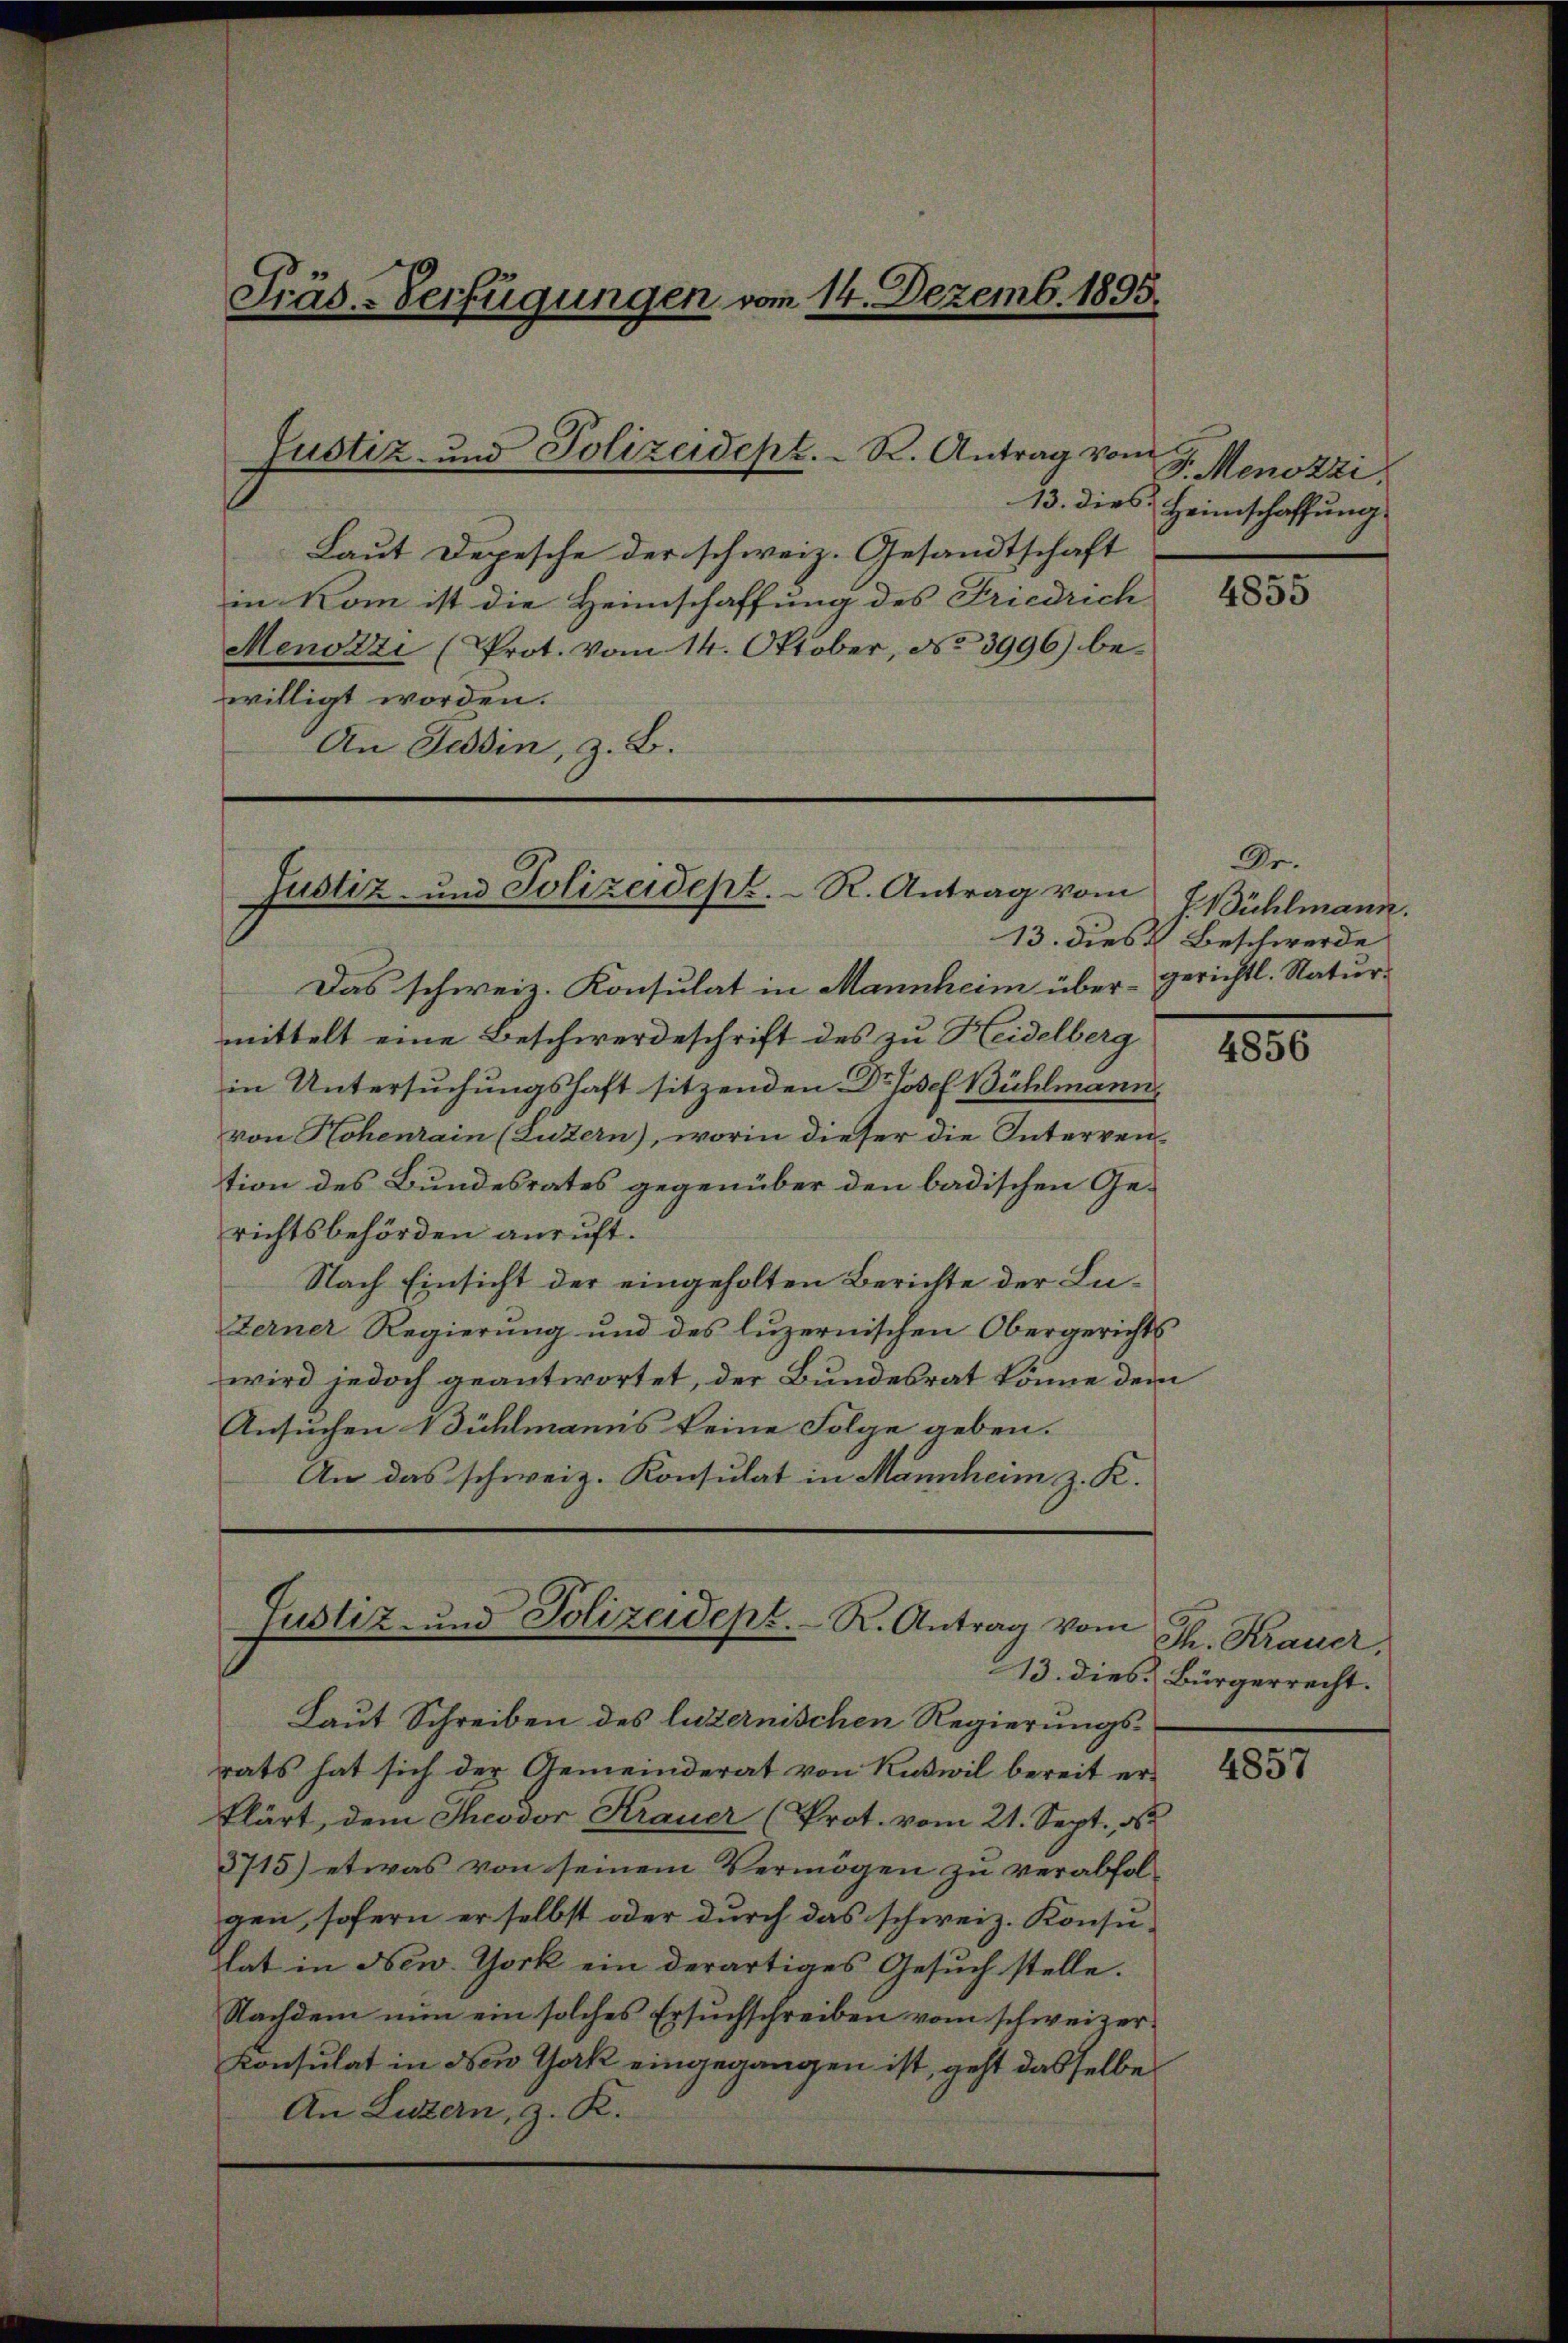
13. dies
Laut Depesche der schweiz. Gesandtschaft
in Kom ist die Heimschaffung des Friedrich
Menozzi (Prot. vom 14. Oktober, No 3996) be-
willigt worden.
An Tessin, z. B.

Präs.-Verfügungen vom 14. Dezemb. 1895.

Justiz- und Polizeidept. R. Antrag vom

Justiz- und Polizeidept. R. Antrag vom

Das schweiz. Konsulat in Mannheim übermittelt eine Beschwerdeschrift des zu Heidelberg
in Untersuchungshaft sitzenden Dr Josef Bühlmann,
von Hohenrain (Luzern), worin dieser die Interrention des Bundesrates gegenüber den badischen Gerichtsbehörden anruft.
Nach Einsicht der eingeholten Berichte der Lu¬
Ferner Regierŭng und des luzernischen Obergerichts
wird jedoch geantwortet, der Bundesrat könne dem
Ansuchen Bühlmanns keine Folge geben.
An das schweiz. Konsulat in Mannheim z. K.

Justiz- und Polizeidept. R. Antrag vom

G. Menozzi,
Heimschaffung.

Laut Schreiben des luzernischen Regierungsrats hat sich der Gemeinderat von Kuswil bereit er-
klärt, dem Theodor Krauer (Prot. vom 21. Sept. d
3715) etwas von seinem Vermögen zu verabfolgen, sofern er selbst oder durch das schweiz. Konsu-
lat in New York ein derartiges Gesuch stelle.
Nachdem nun ein solches Ersuchschreiben vom schweizer¬
Konsulat in New York eingegangen ist, geht dasselbe
An Luzern, z. K.

4855

Dr.
J. Bühlmann.
13. dies Beschwerde
gerichtl. Natur.

4856

Th. Krauer,
13. dies Bürgerrecht.

4857